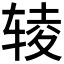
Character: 𰺊